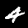
Digit: 4